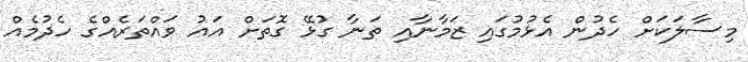
މިސާލަކަށް ހެދުން އެޅުމުގައި ޒަމާނާއި ތަނާ ގުޅޭ ގޮތަށް އައު ވައްތަރެއްގެ ހެދުމެއް